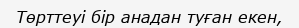
Төрттеуі бір анадан туған екен,